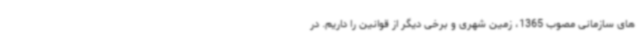
های سازمانی مصوب 1365، زمین شهری و برخی دیگر از قوانین را داریم. در